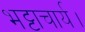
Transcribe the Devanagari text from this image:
भट्टाचार्य।